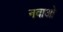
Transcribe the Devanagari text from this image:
नवाओ